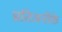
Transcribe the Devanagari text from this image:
प्रतिजनीके